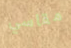
مقاسي